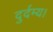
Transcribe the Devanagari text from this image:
दुर्दम्य।